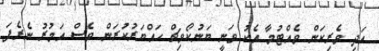
އަދި ވެރިކަން ވެއްޓުމާ އެކު ވަނީ ޔަނުކޯވިޗް ހައްޔަރުކުރަން ވެސް އަމުރު ނެރެފަ